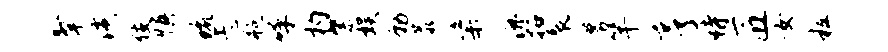
掣潢伎慎琉忐瓶呼杓綮娱勒恭粢漉拓裂募竿亨恃匠女粒